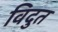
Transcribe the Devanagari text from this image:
विदुत